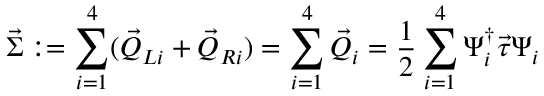
\vec { \Sigma } : = \sum _ { i = 1 } ^ { 4 } ( \vec { Q } _ { L i } + \vec { Q } _ { R i } ) = \sum _ { i = 1 } ^ { 4 } \vec { Q } _ { i } = \frac { 1 } { 2 } \sum _ { i = 1 } ^ { 4 } \Psi _ { i } ^ { \dagger } \vec { \tau } \Psi _ { i }